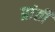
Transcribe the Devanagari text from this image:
प्रांतीं